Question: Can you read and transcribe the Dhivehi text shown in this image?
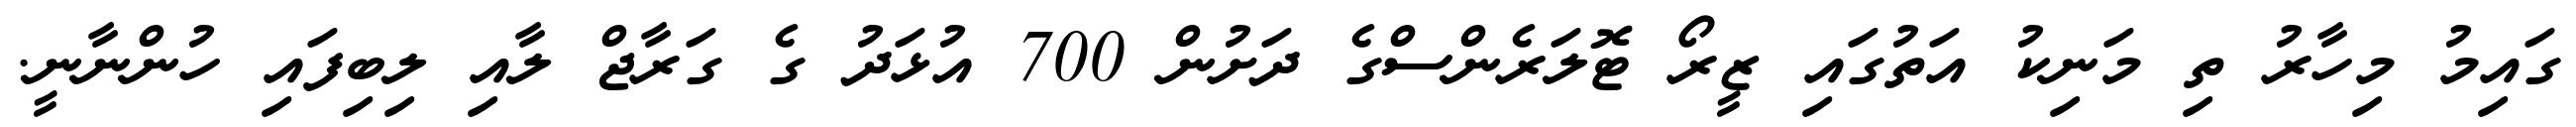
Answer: ގައިމު މިހާރު ތި މަނިކު އަތުގައި ޒީރޯ ޓޮލަރެންސްގެ ދަށުން 700 އުޅަދު ގެ ގަރާޖް ލާއި ލިބިފައި ހުންނާނީ.